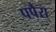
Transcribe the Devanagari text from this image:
पपैरा